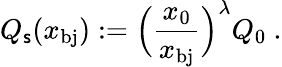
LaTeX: Q_{\mathsf{s}}(x_{\mathrm{{bj}}}):=\Big(\frac{{x_{0}}}{{x_{\mathrm{{bj}}}}}\Big)^{\lambda}Q_{0}\ .